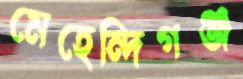
মেহেন্দিগঞ্জ